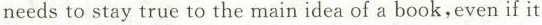
needs to stay true to the main idea of a book,even if it